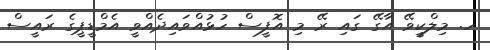
ހ. މިލްކީވޭ އާގޭ ގައި ރޭ މި އޮފީސް ހުޅުއްވައިދެއްވީ އެމްޑީޕީގެ ރައީސް